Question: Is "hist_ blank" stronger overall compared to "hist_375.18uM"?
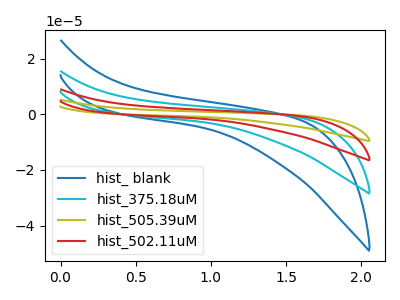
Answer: <think>The blue curve "hist_ blank" has no peaks. The cyan curve "hist_375.18uM" has no peaks. The olive curve "hist_505.39uM" has no peaks. The red curve "hist_502.11uM" has no peaks.
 Neither "hist_ blank" or "hist_375.18uM" have any peaks.</think>
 <answer>I cant tell if "hist_ blank" or "hist_375.18uM" has more signal.</answer>
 <eval>mixed_signal</eval>